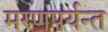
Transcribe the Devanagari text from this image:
मरणपर्यन्त